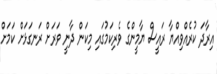
އިރާދަ ކުރެއްވިއްޔާ ރައީސް ޔާމީންގެ ވެރިކަމުގައި މިކަން ދާނީ ވަރަށް ރަނގަޅަށް ކަމަށް